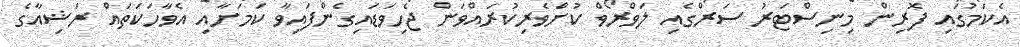
އެކަމުގައި ފޮރިން މިނިސްޓަރު ސަރްގެއި ލަވްރޯވް ކުށްވެރިކުރައްވަން ޖެހިވަޑައިގެންފައިވާ ކަމަށާއި އެވާހަކަތައް ރަޝިއާގެ